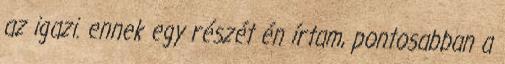
az igazi. ennek egy részét én írtam, pontosabban a